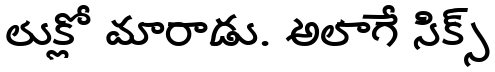
లుక్లో మారాడు. అలాగే సిక్స్